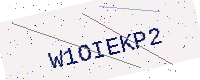
Text: W1OIEKP2